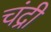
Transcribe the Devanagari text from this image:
चंद्री